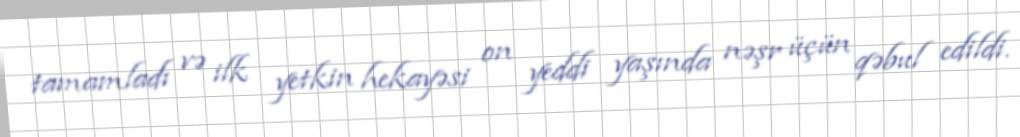
tamamladı və ilk yetkin hekayəsi on yeddi yaşında nəşr üçün qəbul edildi.